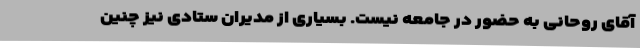
آقای روحانی به حضور در جامعه نیست. بسیاری از مدیران ستادی نیز چنین